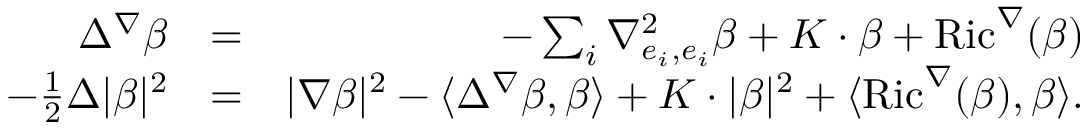
\begin{array} { r l r } { \Delta ^ { \nabla } \beta } & { = } & { - \sum _ { i } \nabla _ { e _ { i } , e _ { i } } ^ { 2 } \beta + K \cdot \beta + \operatorname { R i c } ^ { \nabla } ( \beta ) } \\ { - \frac { 1 } { 2 } \Delta | \beta | ^ { 2 } } & { = } & { | \nabla \beta | ^ { 2 } - \langle \Delta ^ { \nabla } \beta , \beta \rangle + K \cdot | \beta | ^ { 2 } + \langle \operatorname { R i c } ^ { \nabla } ( \beta ) , \beta \rangle . } \end{array}